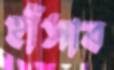
হাঁসাব